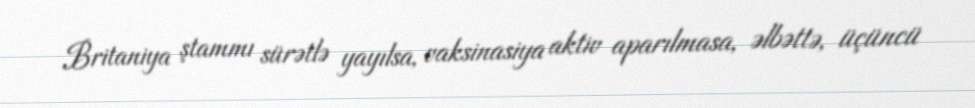
Britaniya ştammı sürətlə yayılsa, vaksinasiya aktiv aparılmasa, əlbəttə, üçüncü